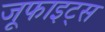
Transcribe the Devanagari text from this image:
जूफाइट्स